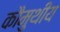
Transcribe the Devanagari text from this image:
कौमुथीय